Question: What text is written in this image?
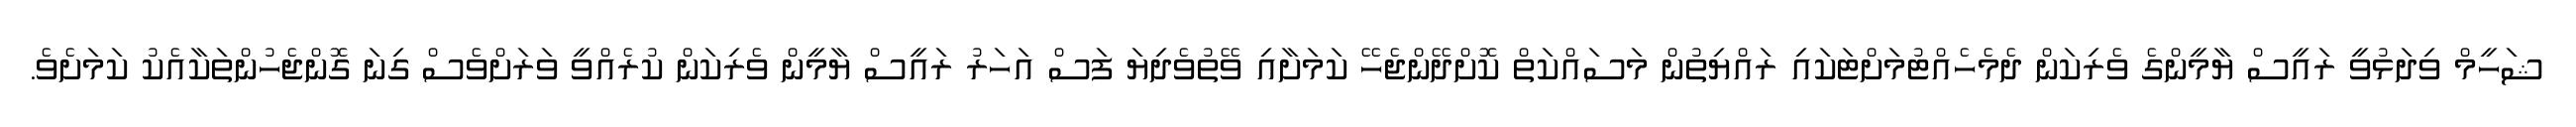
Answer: ޝަހީމް ވިދަޅުވީ ރައީސް ޔާމީންގެ ވެރިކަން ދެމެހެއްޓުމަށްޓަކައި ރައްޔިތުން މަސައްކަތް ކޮށްދޭންޖެހޭ ކަމަށާއި ވޭތުވެދިޔަ ފަސް އަހަރު ރައީސް ޔާމީން ވެރިކަން ކުރެއްވީ ވަރަށްވެސް ގިނަ ގޮންޖެހުންތަކާއެކު ކަމަށެވެ.